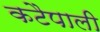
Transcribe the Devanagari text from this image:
कटैपाली